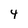
Character: 4